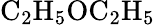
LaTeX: \mathrm{C_{2}H_{5}OC_{2}H_{5}}